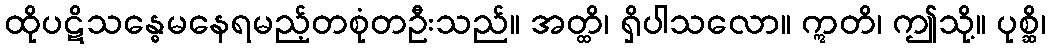
ထိုပဋိသန္ဓေမနေရမည့်တစုံတဦးသည်။ အတ္ထိ၊ ရှိပါသလော။ ဣတိ၊ ဤသို့။ ပုစ္ဆိ၊